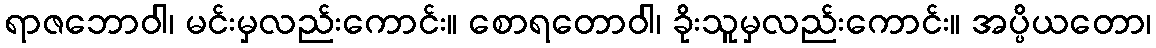
ရာဇဘောဝါ၊ မင်းမှလည်းကောင်း။ စောရတောဝါ၊ ခိုးသူမှလည်းကောင်း။ အပ္ပိယတော၊